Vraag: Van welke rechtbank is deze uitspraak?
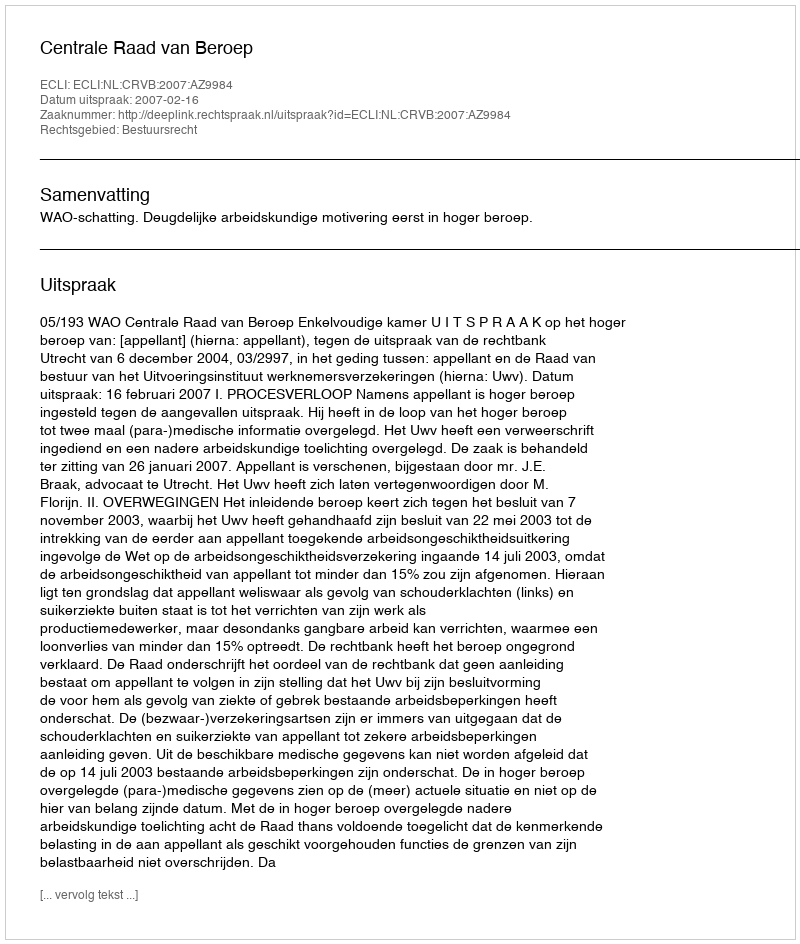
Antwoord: Centrale Raad van Beroep